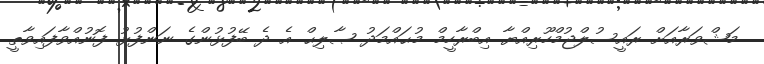
މަޝްވަރާއަށް ރައީސުލްޖުމްހޫރިއްޔާ އިބްރާހީމް މުޙައްމަދު ޞާލިޙް އެ ދެ ބޭފުޅުންގެ ނަންފުޅު ފޮނުއްވާފައިވާތީ